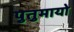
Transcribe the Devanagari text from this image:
पुतुमायो